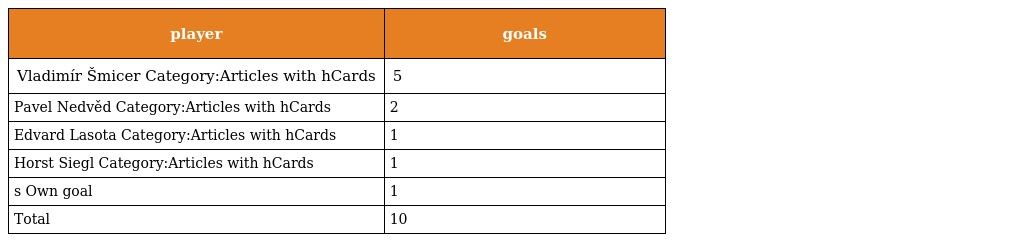
| player | goals |
 | --- | --- |
 | Vladimír Šmicer Category:Articles with hCards | 5 |
 | Pavel Nedvěd Category:Articles with hCards | 2 |
 | Edvard Lasota Category:Articles with hCards | 1 |
 | Horst Siegl Category:Articles with hCards | 1 |
 | s Own goal | 1 |
 | Total | 10 |